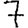
Digit: 7